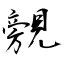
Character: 覫